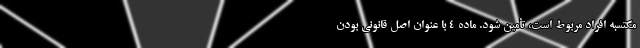
مکتسبه افراد مربوط است، تأمین شود. ماده ۴ با عنوان اصل قانونی بودن